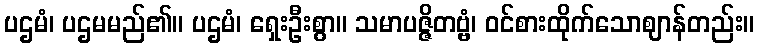
ပဌမံ၊ ပဌမမည်၏။ ပဌမံ၊ ရှေးဦးစွာ။ သမာပဇ္ဇိတဗ္ဗံ၊ ဝင်စားထိုက်သောဈာန်တည်း။